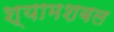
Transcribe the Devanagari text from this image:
श्यामशबल